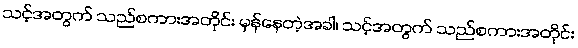
သင့်အတွက် သည်စကားအတိုင်း မှန်နေတဲ့အခါ၊ သင့်အတွက် သည်စကားအတိုင်း